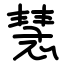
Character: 慧